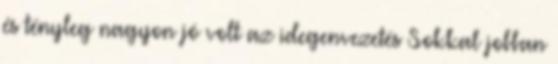
és tényleg nagyon jó volt az idegenvezetés Sokkal jobban